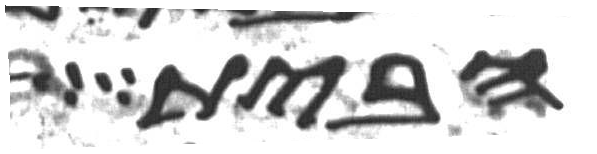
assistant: הבית